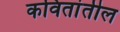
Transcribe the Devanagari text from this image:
कवितांतील